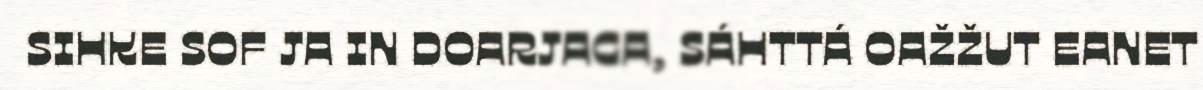
SIHKE SOF JA IN DOARJAGA, SÁHTTÁ OAŽŽUT EANET